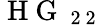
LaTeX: \mathrm{~H~G~}_{\mathrm{~2~2~}}